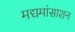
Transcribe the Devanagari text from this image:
मद्यमांसाशन